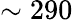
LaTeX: \sim 290